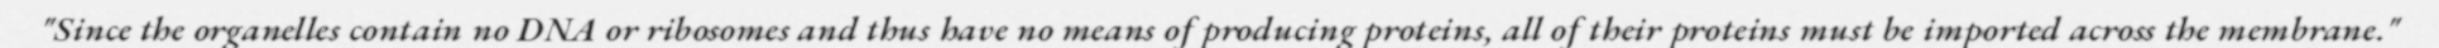
"Since the organelles contain no DNA or ribosomes and thus have no means of producing proteins, all of their proteins must be imported across the membrane."